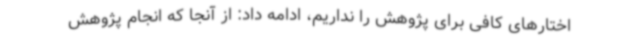
اختارهای کافی برای پژوهش را نداریم، ادامه داد: از آنجا که انجام پژوهش